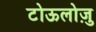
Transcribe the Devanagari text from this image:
टोऊलोज़ु